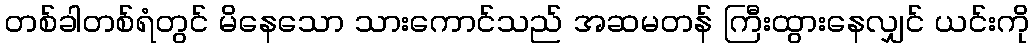
တစ်ခါတစ်ရံတွင် မိနေသော သားကောင်သည် အဆမတန် ကြီးထွားနေလျှင် ယင်းကို